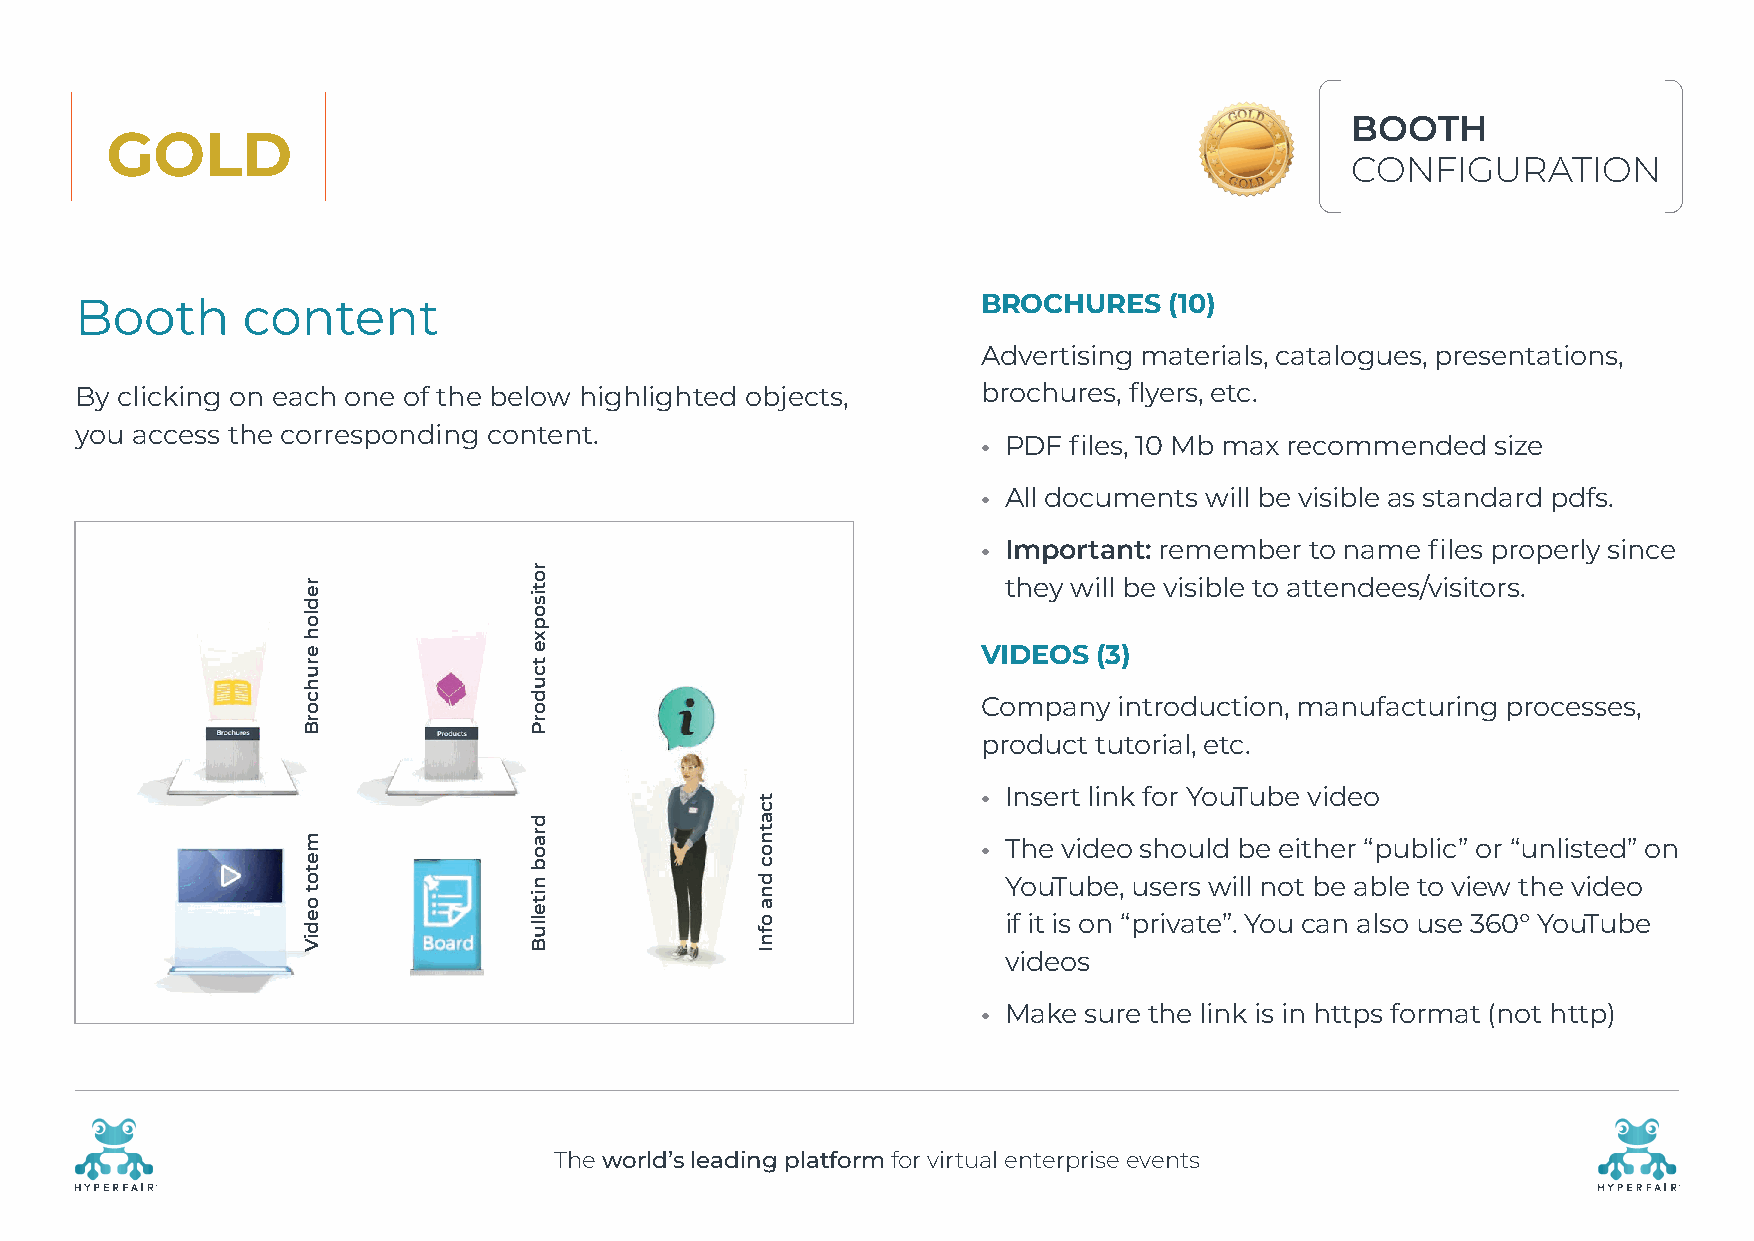
BOOTH
 GOLD
 CONFIGURATION
 Booth      content                                          BROCHURES   (10)
 Advertising materials, catalogues, presentations,
 By clicking on each one of the below highlighted objects,   brochures, flyers, etc.
 you access the corresponding content.
 • PDF files, 10 Mb max recommended size
 • All documents will be visible as standard pdfs.
 • I mportant: remember to name files properly since
 they will be visible to attendees/visitors.
 VIDEOS  (3)
 Company  introduction, manufacturing processes,
 product tutorial, etc.
 • Insert link for YouTube video
 • T he video should be either “public” or “unlisted” on
 YouTube, users will not be able to view the video
 if it is on “private”. You can also use 360° YouTube
 videos
 • M ake sure the link is in https format (not http)
 The world’s leading platform for virtual enterprise events
 R                                                                                                    R
 redloh
 eruhcorB
 metot
 oediV
 rotisopxe
 tcudorP
 draob
 nitelluB
 tcatnoc
 dna
 ofnI